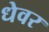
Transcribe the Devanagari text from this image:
धेवर